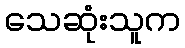
သေဆုံးသူက